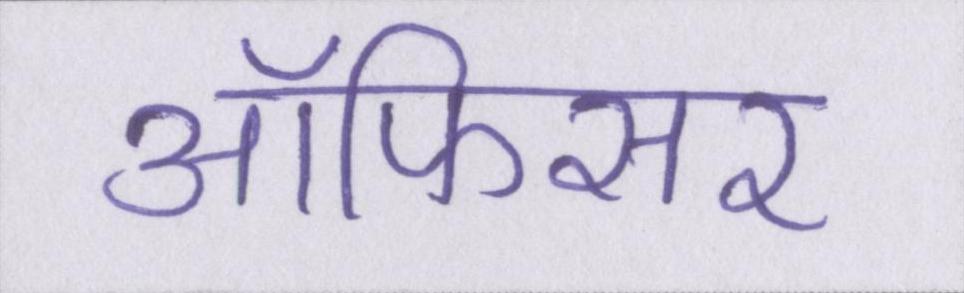
ऑफिसर